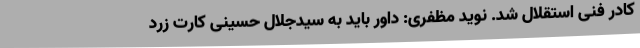
کادر فنی استقلال شد. نوید مظفری: داور باید به سیدجلال حسینی کارت زرد